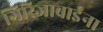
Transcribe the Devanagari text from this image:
गिरिजाबाईंना